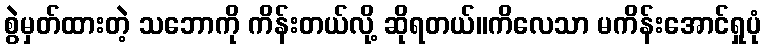
စွဲမှတ်ထားတဲ့ သဘောကို ကိန်းတယ်လို့ ဆိုရတယ်။ကိလေသာ မကိန်းအောင်ရှုပုံ